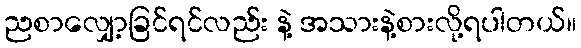
ညစာလျှော့ခြင်ရင်လည်း နဲ့ အသားနဲ့စားလို့ရပါတယ်။